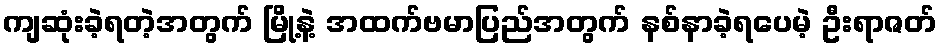
ကျဆုံးခဲ့ရတဲ့အတွက် မြို့နဲ့ အထက်ဗမာပြည်အတွက် နစ်နာခဲ့ရပေမဲ့ ဦးရာဇတ်